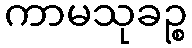
ကာမသုခဉ္စ